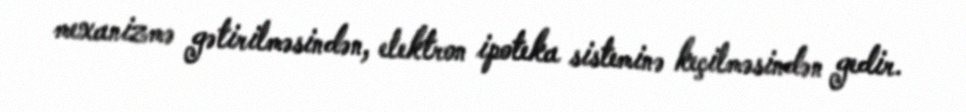
mexanizmə gətirilməsindən, elektron ipoteka sisteminə keçilməsindən gedir.